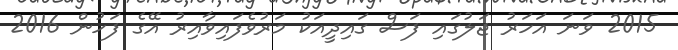
2015 ވަނަ އަހަރު ޖަލުގައި ފަސް ގައިދީއަކު މަރުވެފައިވާއިރު އޭގެ ފަހުން 2016